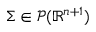
\Sigma \in { \mathcal { P } } ( \mathbb { R } ^ { n + 1 } )